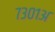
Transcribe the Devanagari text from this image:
७३०१अ